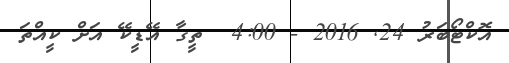
އޮކްޓޯބަރު 24